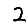
Digit: 2